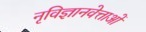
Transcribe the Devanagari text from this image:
नृविज्ञानवेत्ताओं